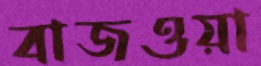
বাজওয়া